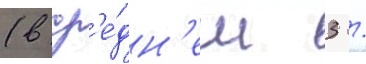
(в ср'е́дн'ем 3 /